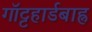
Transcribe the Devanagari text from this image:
गॉट्टहार्डबाह्न